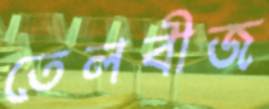
তেলবীজ